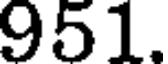
951.